Vaccination Hyderabad 1890-1903 - 1890-1903
Year: 1890
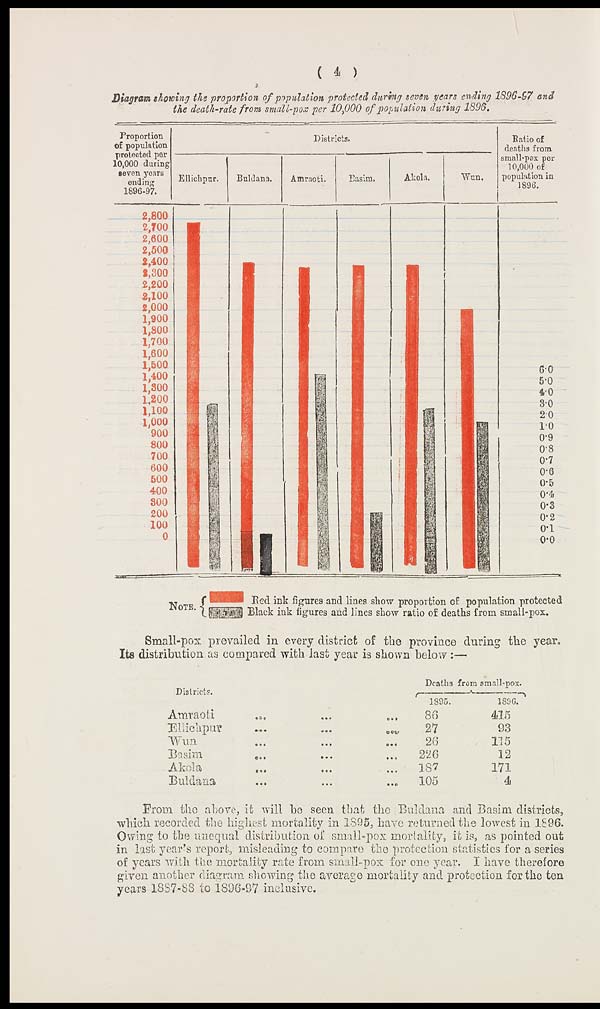
( 4 )
Diagram showing the proportion of population protected during seven years ending 1896-97 and
the death-rate from small-pox per 10,000 of population during 1896.
Small-pox prevailed in every district of the province during the year.
Its distribution as compared with last year is shown below :—
Districts.
Amraoti
... ... ...
Ellichpur
...
...
...
Wun ... ... ...
Basim ... ... ...
Akola
...
...
...
Buldana ... ... ...
Deaths from small-pox.
1895.
86 27
26
226
187
105
1896.
415
93
115
12
171
4
From the above, it will be seen that the Buldana and Basim districts,
which recorded the highest mortality in 1895, have returned the lowest in 1896.
Owing to the unequal distribution of small-pox mortality, it is, as pointed out
in last year's report, misleading to compare the protection statistics for a series
of years with the mortality rate from small-pox for one year. I have therefore
given another diagram showing the average mortality and protection for the ten
years 1887-88 to 1896-97 inclusive.